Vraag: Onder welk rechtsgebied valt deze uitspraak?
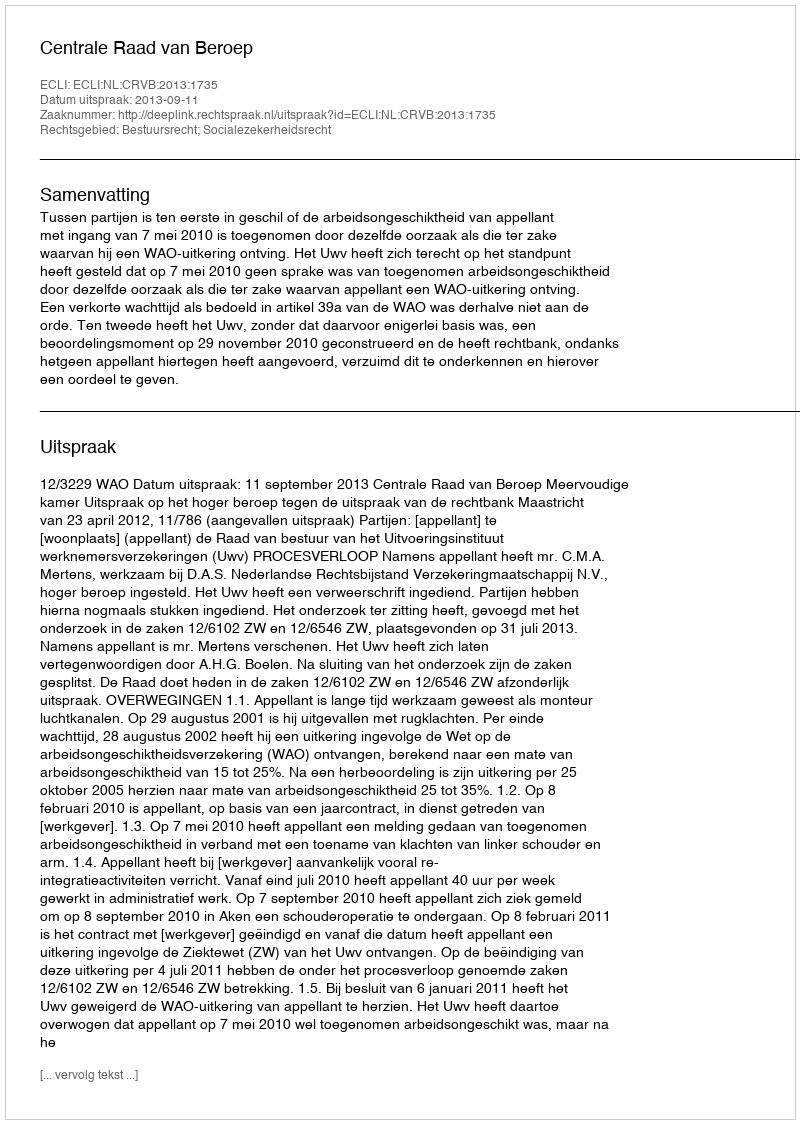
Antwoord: Bestuursrecht; Socialezekerheidsrecht